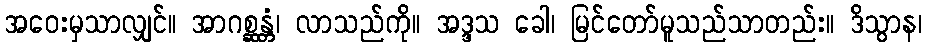
အဝေးမှသာလျှင်။ အာဂစ္ဆန္တံ၊ လာသည်ကို။ အဒ္ဒသ ခေါ၊ မြင်တော်မူသည်သာတည်း။ ဒိသွာန၊